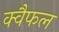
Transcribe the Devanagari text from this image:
क्वैफल